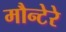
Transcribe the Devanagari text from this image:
मौन्टेरे